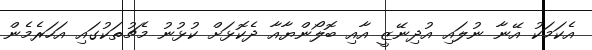
އެކަމަކު އޭނާ ނުލައި އުދިނޭޒީ އާއި ބޮލޯންޔާއާ ދެކޮޅަށް ކުޅުނު މެޗުތަކުގައި އަހަރެމެން